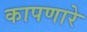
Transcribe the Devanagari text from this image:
कापणारे